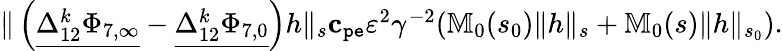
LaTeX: \begin{array}{r}{\rVert\left(\underline{{\Delta_{12}^{k}\Phi_{7,\infty}}}-\underline{{\Delta_{12}^{k}\Phi_{7,0}}}\right)h\rVert_{s}\le c_{\mathtt{pe}}\varepsilon^{2}\gamma^{-2}(\mathbb{M}_{0}(s_{0})\rVert h\rVert_{s}+\mathbb{M}_{0}(s)\rVert h\rVert_{s_{0}}).}\end{array}